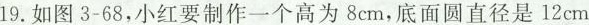
19.如图3-68，小红要制作一个高为8cm，底面圆直径是12cm